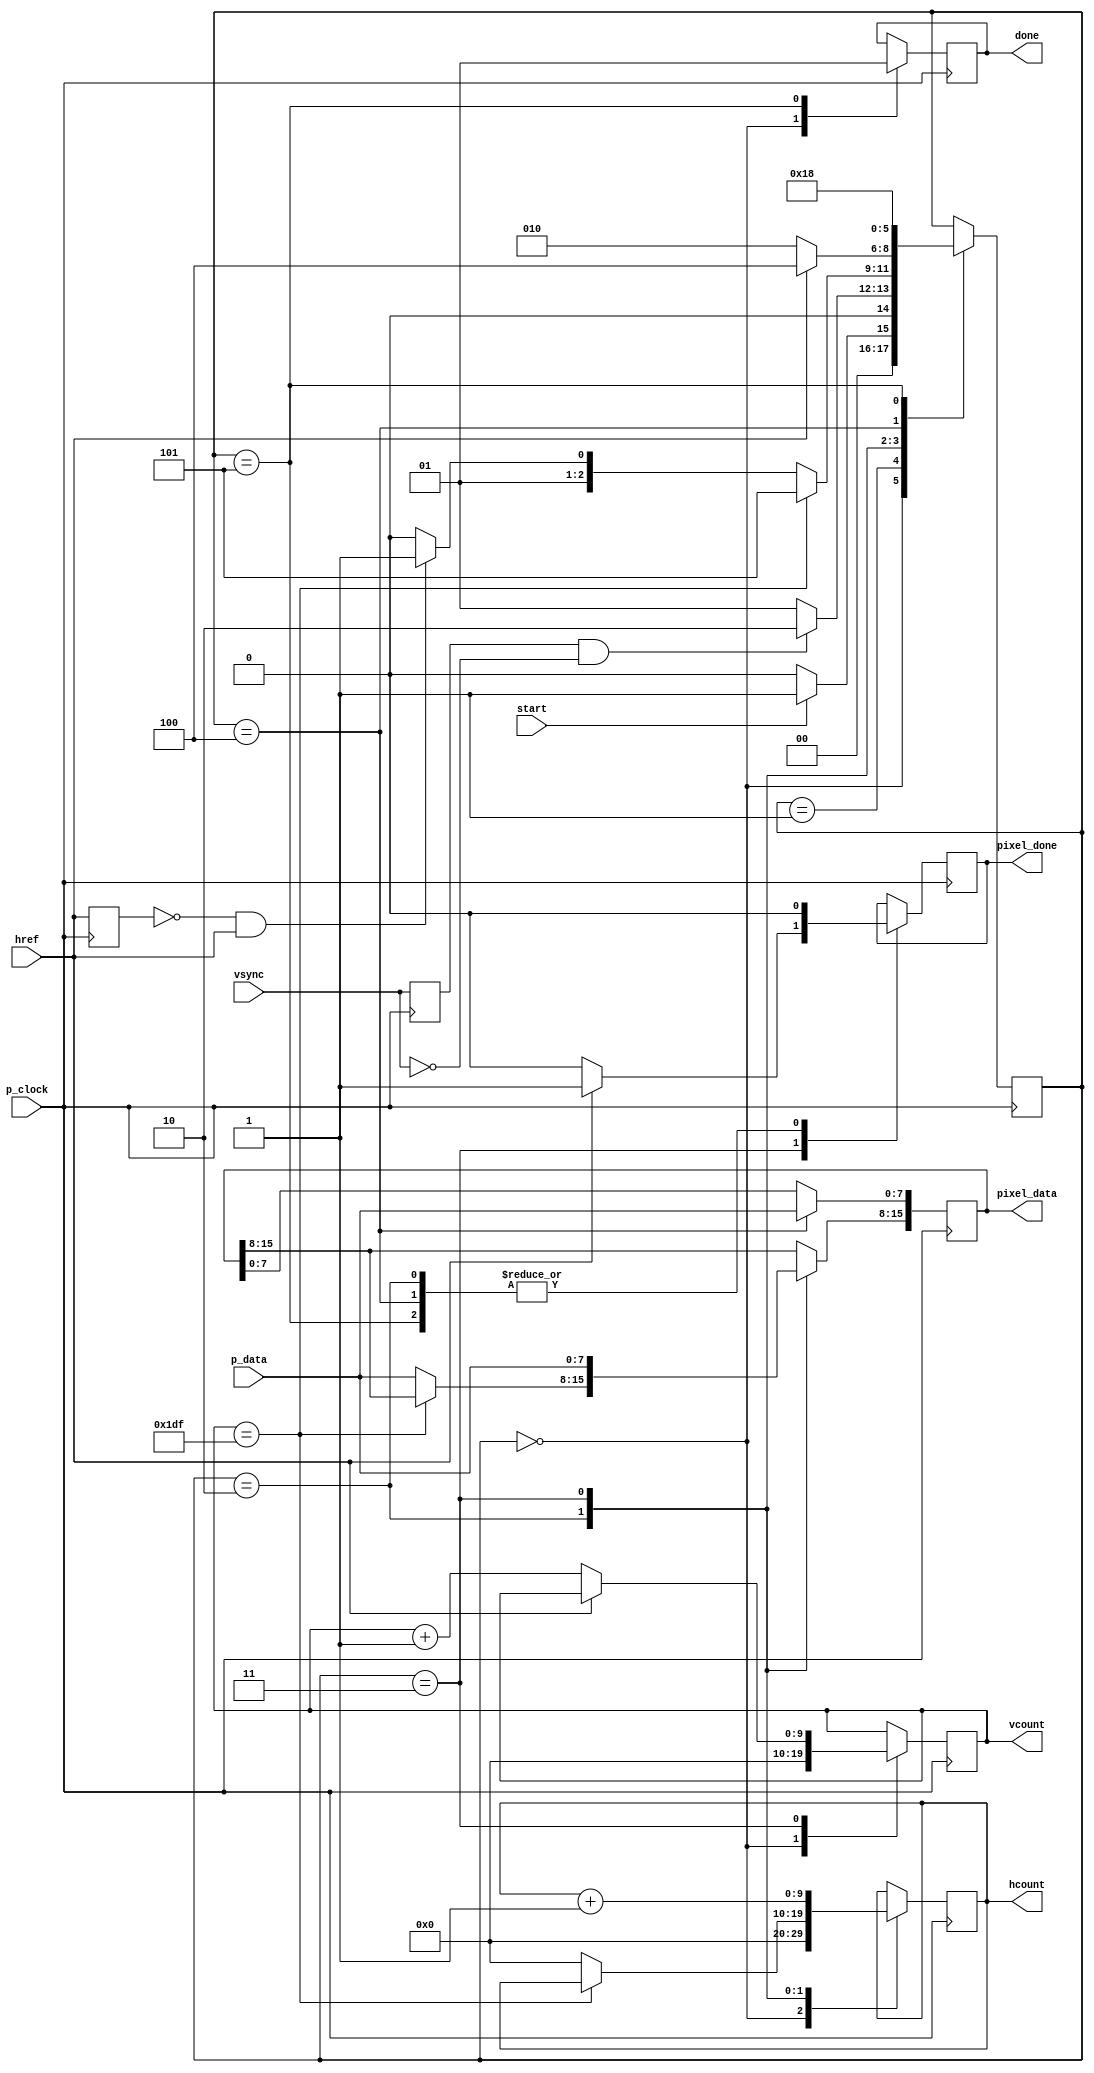
`timescale 1ns / 1ps
//////////////////////////////////////////////////////////////////////////////////
// Company: 
// Engineer: 
// 
// Design Name: 
// Module Name:    camera_read 
// Project Name: 
// Target Devices: 
// Tool versions: 
// Description: 
//
// Dependencies: 
//
// Revision: 
// Revision 0.01 - File Created
// Additional Comments: 
//
//////////////////////////////////////////////////////////////////////////////////
module camera_read(
	input wire p_clock,
	input wire vsync,
	input wire href,
	input wire [7:0] p_data,
	input wire start,
	output reg [15:0] pixel_data =0,
	output reg pixel_done = 0,
	output reg done =0,
	output reg [9:0] hcount = 0,
	output reg [9:0] vcount = 0
    );
	 
	
	reg [2:0] FSM_state = 0;
	reg vsync_last = 0;
	reg href_last = 0;
	
	always@(posedge p_clock)
	begin 
	
	href_last <= href;
	vsync_last <= vsync;
	
	case(FSM_state)
	
	0: begin //start
	FSM_state <= start ? 1 : 0;
	done <= 0;
	vcount <= 0;
	hcount <= 0;
	end
	
	1: begin //wait for vsync 
	FSM_state <= ((vsync_last==1)&&(vsync==0)) ? 2 : 1; //detect falling edge
	end
	
	2: begin //wait for href
	if (vcount == 479)
	begin
	//done with frame
	FSM_state <= 5;
	pixel_done <= 0;
	end
	else
	begin 
	FSM_state <= ((href_last==0)&&(href==1)) ? 3 : 2; //detect rising edge of href
	pixel_data[15:8] <= p_data; 
	pixel_done <= 0;
	hcount <= 0;
	end
	end
	
	3: begin //second part of  first data word
	FSM_state <= (href==0) ? 2 : 4;
	vcount <= (href==0) ? vcount+1 : vcount;
	//pixel_data[7:0] <= p_data;
	pixel_data[15:8] <= p_data; //try swapping?
	pixel_done <= (href==0) ? 0 : 1; 
	//pixel_done <= 0;
	hcount <= hcount+1;
	end
	
	4: begin //first part of nth data word
	FSM_state <= 3;
	//pixel_data[15:8] <= p_data;  //it works when swapped
	pixel_data[7:0] <= p_data; //try swapping?
	pixel_done <= 0; 
	//pixel_done<= 1;
	end
	
	5: begin //done state 
	FSM_state <= 0;
	done <= 1; 
	pixel_done <= 0;
	end
	endcase
	end
	
endmodule